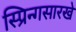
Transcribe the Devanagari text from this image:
स्प्रिन्गसारखे